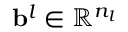
\mathbf { b } ^ { l } \in \mathbb { R } ^ { n _ { l } }